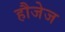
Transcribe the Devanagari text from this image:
हौजेज